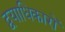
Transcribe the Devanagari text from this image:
द्वयाधिकारों